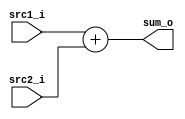
//Subject:     CO project 2 - Adder
//--------------------------------------------------------------------------------
//Version:     1
//--------------------------------------------------------------------------------
//Writer:     0511105 ?    
//----------------------------------------------
//----------------------------------------------
//Description: 
//--------------------------------------------------------------------------------

module Adder(
    	src1_i,
	    src2_i,
	    sum_o
);
     
//I/O ports
input    [32-1:0]     src1_i;
input    [32-1:0]	 src2_i;
output [32-1:0]	 sum_o;

//Internal Signals
wire    [32-1:0]	 sum_o;

//Parameter
    
//Main function
assign sum_o = src1_i + src2_i;

endmodule